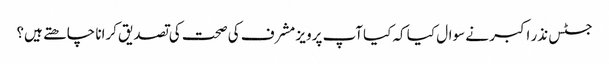
جسٹس نذر اکبر نے سوال کیا کہ کیاآپ پرویز مشرف کی صحت کی تصدیق کرانا چاھتے ہیں؟